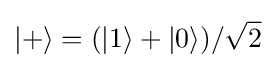
|+\rangle =(|1\rangle +|0\rangle )/{\sqrt {2}}